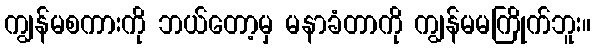
ကျွန်မစကားကို ဘယ်တော့မှ မနာခံတာကို ကျွန်မမကြိုက်ဘူး။